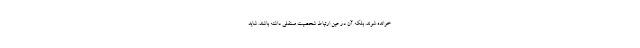
خوانده شوند. بلکه آن در عین ارتباط شخصیت مستقلی داشته باشند. شاید